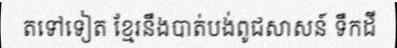
តទៅទៀត ខ្មែរនឹងបាត់បង់ពូជសាសន៍ ទឹកដី